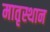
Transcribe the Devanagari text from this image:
मातृस्थान